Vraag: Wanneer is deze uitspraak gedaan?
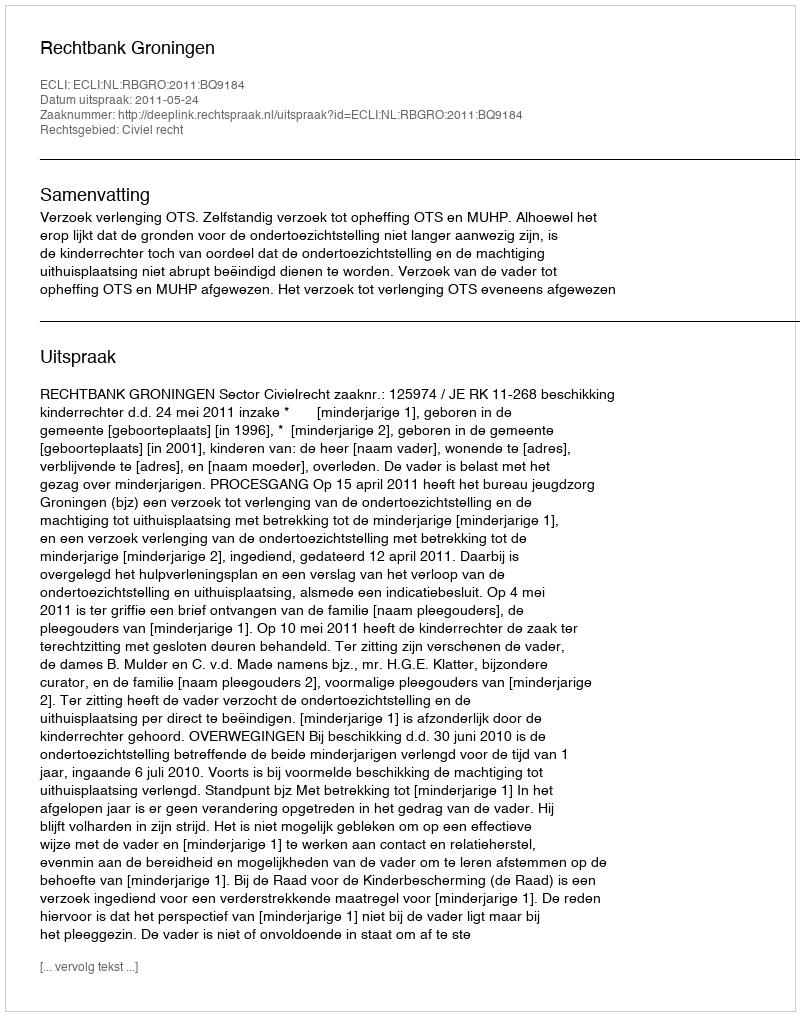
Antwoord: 2011-05-24